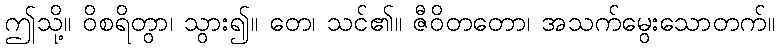
ဤသို့။ ဝိစရိတွာ၊ သွား၍။ တေ၊ သင်၏။ ဇီဝိတတော၊ အသက်မွေးသောတက်။